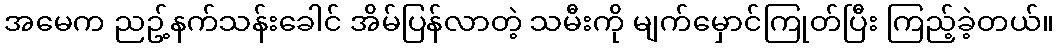
အမေက ညဥ့်နက်သန်းခေါင် အိမ်ပြန်လာတဲ့ သမီးကို မျက်မှောင်ကြုတ်ပြီး ကြည့်ခဲ့တယ်။